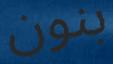
بنون